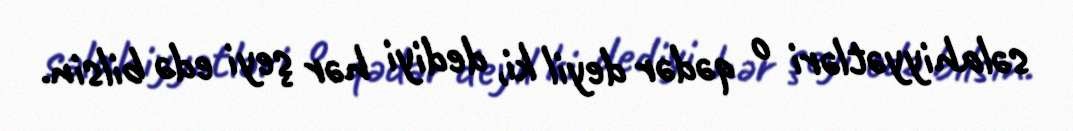
səlahiyyətləri o qədər deyil ki, dediyi hər şeyi edə bilsin.